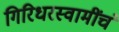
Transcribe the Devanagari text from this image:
गिरिधरस्वामींचं